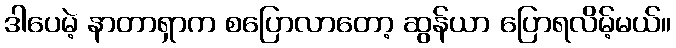
ဒါပေမဲ့ နာတာရှာက စပြောလာတော့ ဆွန်ယာ ပြောရလိမ့်မယ်။